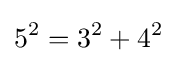
5^{2}=3^{2}+4^{2}